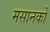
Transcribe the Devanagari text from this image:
मसानको